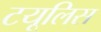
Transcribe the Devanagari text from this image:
टयूलिस